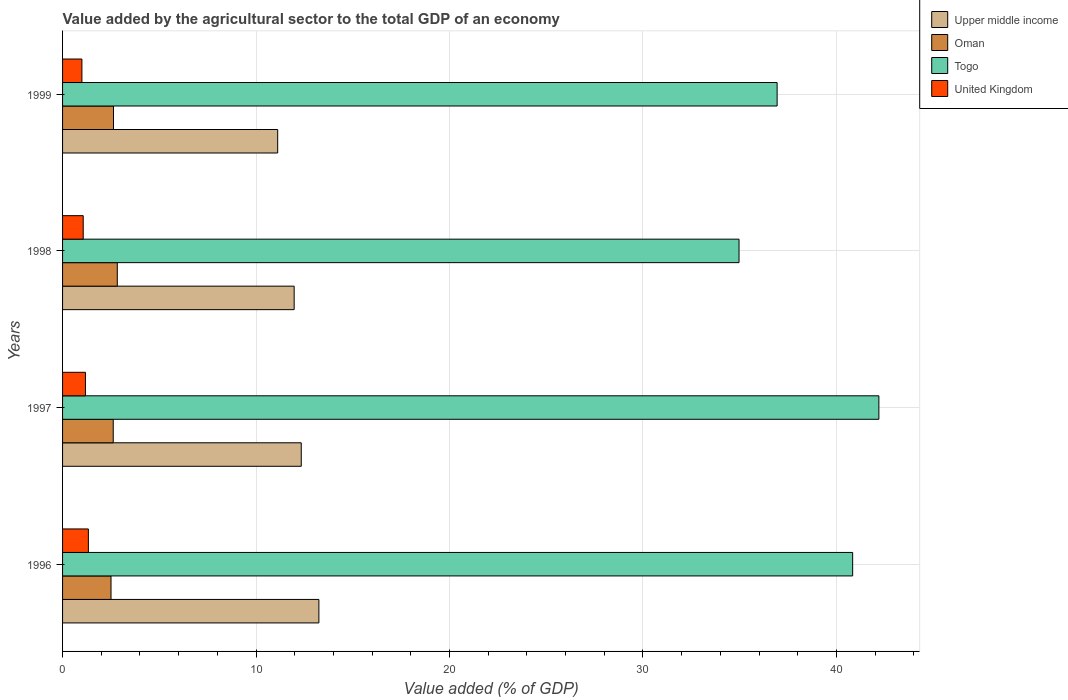
| Years | Upper middle income | Oman | Togo | United Kingdom |
 | --- | --- | --- | --- | --- |
 | 1996 | 13.2 | 2.5 | 40.8 | 1.33 |
 | 1997 | 12.3 | 2.62 | 42.2 | 1.18 |
 | 1998 | 12 | 2.83 | 35 | 1.07 |
 | 1999 | 11.1 | 2.63 | 36.9 | 1 |